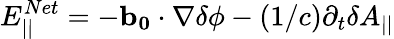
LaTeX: E_{||}^{Net}=-\mathbf{b_{0}}\cdot\nabla\delta\phi-\left(1/c\right)\partial_{t}\delta A_{||}